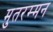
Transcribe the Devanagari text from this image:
मुतरम्मन